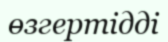
өзгертідді